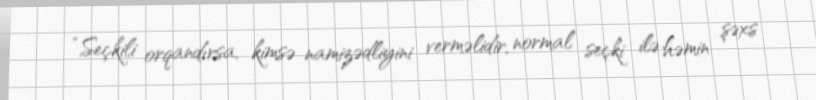
“Seçkili orqandırsa, kimsə namizədliyini verməlidir, normal seçki ilə həmin şəxs